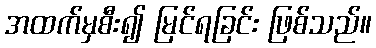
အထက်မှစီး၍ မြင်ရခြင်း ဖြစ်သည်။